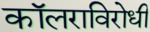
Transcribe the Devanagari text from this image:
कॉलराविरोधी